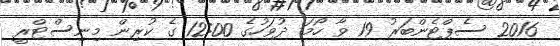
2016 ސެޕްޓެންބަރު 19 ވާ ހޯމަ ދުވަހުގެ 12:00 ގެ ކުރިން މިނިސްޓްރީ